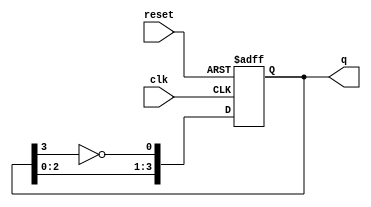
module johnson_counter (
    input wire clk,      // Clock input
    input wire reset,    // Asynchronous reset input
    output reg [3:0] q   // 4-bit output representing the current state
);

    // Sequential logic for the Johnson counter
    always @(posedge clk or posedge reset) begin
        if (reset) begin
            q <= 4'b0000; // Reset state to 0000
        end else begin
            // Johnson counter state transition
            q[0] <= ~q[3]; // Invert the last flip-flop output and feed it to the first flip-flop
            q[1] <= q[0];  // Shift the output of flip-flop 0 to flip-flop 1
            q[2] <= q[1];  // Shift the output of flip-flop 1 to flip-flop 2
            q[3] <= q[2];  // Shift the output of flip-flop 2 to flip-flop 3
        end
    end

endmodule